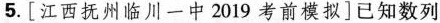
5.[江西抚州临川一中2019考前模拟]已知数列